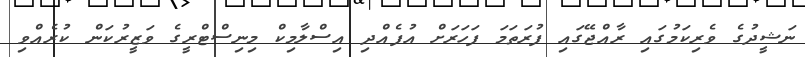
ނަޝީދުގެ ވެރިކަމުގައި ރާއްޖޭގައި ފުރަތަމަ ފަހަރަށް އުފެއްދި އިސްލާމިކް މިނިސްޓްރީގެ ވަޒީރުކަން ކުރެއްވި